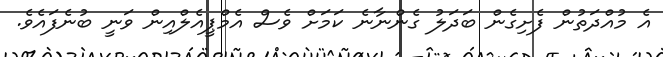
އެ މުއްދަތުން ފެށިގެން ބަދަލު ގެންނާނެ ކަމަށް ވެސް އެމްޕީއެލްއިން ވަނީ ބުނެފައެވެ.